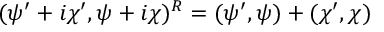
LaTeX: ( \psi ^ { \prime } + i \chi ^ { \prime } , \psi + i \chi ) ^ { R } = ( \psi ^ { \prime } , \psi ) + ( \chi ^ { \prime } , \chi )